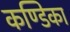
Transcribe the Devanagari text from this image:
कण्‍डिका